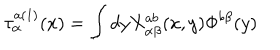
LaTeX: \tau _ { \alpha } ^ { a ( 1 ) } ( x ) = \int d y X _ { \alpha \beta } ^ { a b } ( x , y ) \Phi ^ { b \beta } ( y )